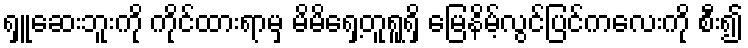
ရှူဆေးဘူးကို ကိုင်ထားရာမှ မိမိရှေ့တူရူရှိ မြေနိမ့်လွင်ပြင်ကလေးကို စီး၍